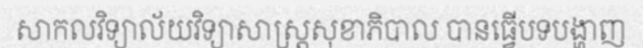
សាកលវិទ្យាល័យវិទ្យាសាស្ត្រសុខាភិបាល បានធ្វើបទបង្ហាញ